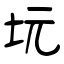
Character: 坃